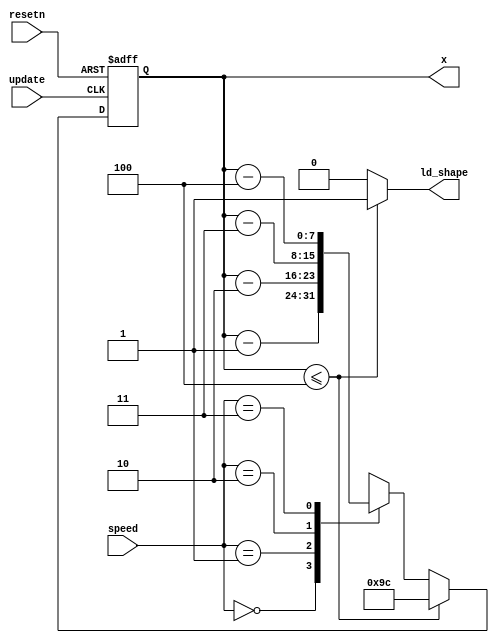
module x_counter(input [1:0] speed,
				input resetn,
				input update,
				output reg [7:0] x,
				output ld_shape);

		always @(posedge update, negedge resetn) 
		begin
			if(!resetn) 
				begin
					x <= 8'd156;
				end
			else 
				begin
					if(x <= 8'd4)
						begin
							x <= 8'd156;
						end
					else
						case(speed)
							2'b00 : x <= x - 8'd1;
							2'b01 : x <= x - 8'd2;
							2'b10 : x <= x - 8'd3;
							2'b11 : x <= x - 8'd4;
						endcase
				end
	
		end
		
		assign ld_shape = (x <= 8'd4) ? 1:0;
endmodule

module rand(input clk,
			input reset_n,
			output reg [11:0] count);
		
			always @(posedge clk)
				begin
					if(!reset_n)
						begin
							count <= 12'b1101_1111_0101;
						end
					else
						begin
							count <= count - 12'd1;
						end
				end
endmodule



module shape(input [11:0] count,
			input update, reset_n,
			output reg [1:0] top_shape,
			output reg [1:0] mid_shape,
			output reg [1:0] bottom_shape);

			always @(posedge update, negedge reset_n)
			begin
				if(!reset_n)
					begin
						top_shape = 2'b00;
						mid_shape = 2'b11;
						bottom_shape = 2'b01;
					end
				else
					begin
						top_shape = {count[10], count[1]} ^ count[3:2];
						mid_shape = {count[0] && count[4] || count[7] , count[3]&& count[6] || count[8]&& count[0]};
						bottom_shape = ((count[0] && count[4]) == 1'b1)? 2'b10:2'b00;
					end
			end
endmodule